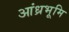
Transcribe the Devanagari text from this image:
आंध्रभूमि